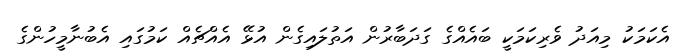
އެކަމަކު މިއަދު ވެރިކަމަކީ ބައެއްގެ ގަދަބާރުން އަތުލައިގެން އުޅޭ އެއްޗެއް ކަމުގައި އެބުނާމީހުންގެ